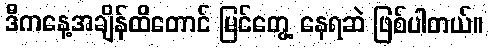
ဒီကနေ့အချိန်ထိတောင် မြင်တွေ့ နေရဆဲ ဖြစ်ပါတယ်။